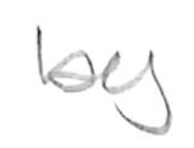
Text: by
Cross-out: clean
Writing tool: pencil